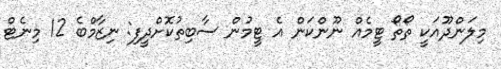
މިލަންދޫއަކީ ތޯތޯ ޓީމެއް ނޫންކަން އެ ޓީމުން ސާބިތުކޮށްދީފި: ނިޒާމްބެ 12 މިނެޓް